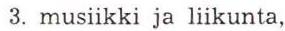
3. musiikki ja liikunta,